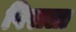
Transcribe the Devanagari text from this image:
पिराला